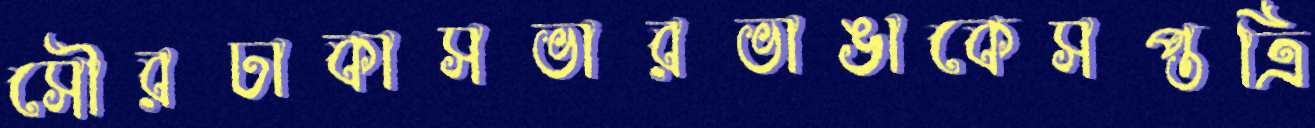
সৌরঢাকাসভারভাঙাকেসপ্তত্রি